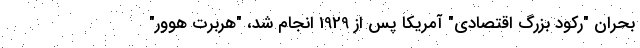
بحران "رکود بزرگ اقتصادی" آمریکا پس از 1929 انجام شد، "هربرت هوور"